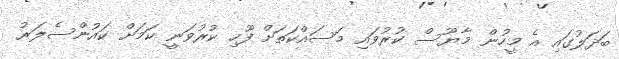
ބަދަލުގައި އެ މީހުން މާޔޫސް ކުރުވައި މަސައްކަތަށް ފޫހި ކުރުވަނީ ކަމަށް ކައުންސެލަރު